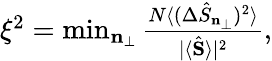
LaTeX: \begin{array}{r}{\xi^{2}=\operatorname*{min}_{\mathbf{n}_{\perp}}\frac{N\langle(\Delta\hat{S}_{\mathbf{n}_{\perp}})^{2}\rangle}{|\langle\hat{\mathbf{S}}\rangle|^{2}},}\end{array}